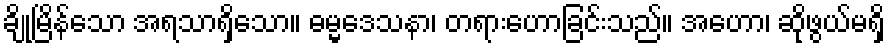
ချိုမြိန်သော အရသာရှိသော။ ဓမ္မဒေသနာ၊ တရားဟောခြင်းသည်။ အဟော၊ ဆိုဖွယ်မရှိ